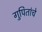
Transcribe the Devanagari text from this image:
गुपितांचे